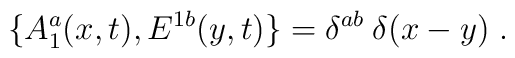
\big\{ A_1^a(x,t), E^{1b}(y,t) \big\}= \delta^{ab}\: \delta(x-y) \;.